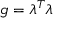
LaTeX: g = \lambda ^ { T } \lambda